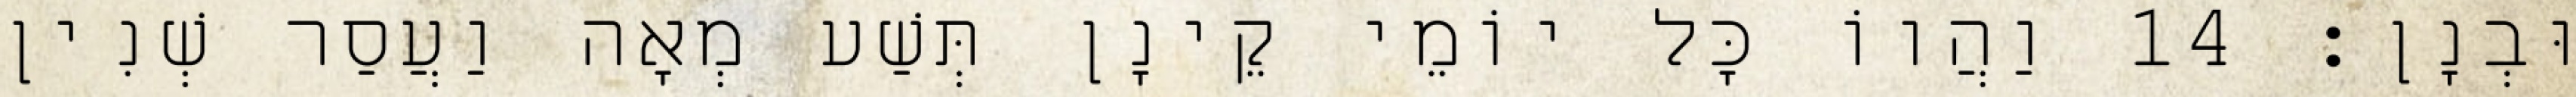
וּבְנָן׃ 14 וַהֲווֹ כָּל יוֹמֵי קֵינָן תְּשַׁע מְאָה וַעֲסַר שְׁנִין